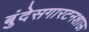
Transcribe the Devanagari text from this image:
बुंदेसगारटनशाऊ